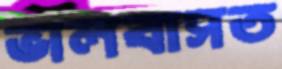
ভালবাসত